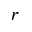
r